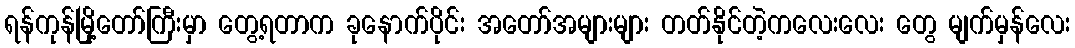
ရန်ကုန်မြို့တော်ကြီးမှာ တွေ့ရတာက ခုနောက်ပိုင်း အတော်အများများ တတ်နိုင်တဲ့ကလေးလေး တွေ မျက်မှန်လေး